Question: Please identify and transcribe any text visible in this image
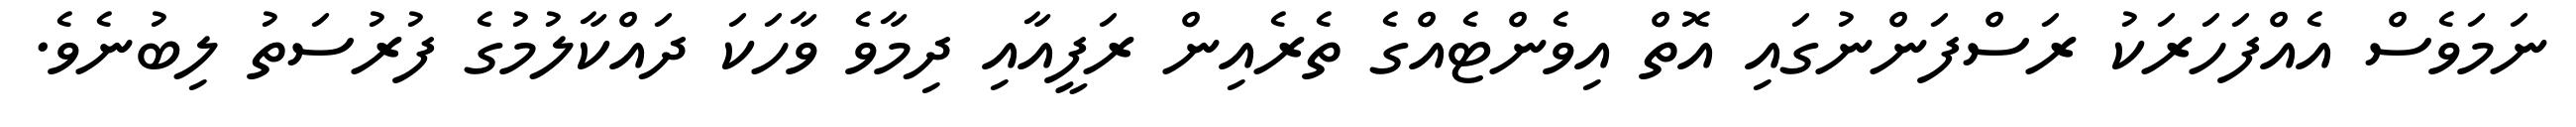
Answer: ނަމަވެސް އެއްފަހަރަކު ރަސްފަންނުގައި އޮތް އިވެންޓެއްގެ ތެރެއިން ރަފީއާއި ދިމާވެ ވާހަކަ ދައްކާލުމުގެ ފުރުސަތު ލިބުނެވެ.